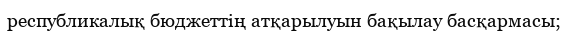
республикалық бюджеттің атқарылуын бақылау басқармасы;